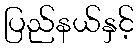
ပြည်နယ်နှင့်